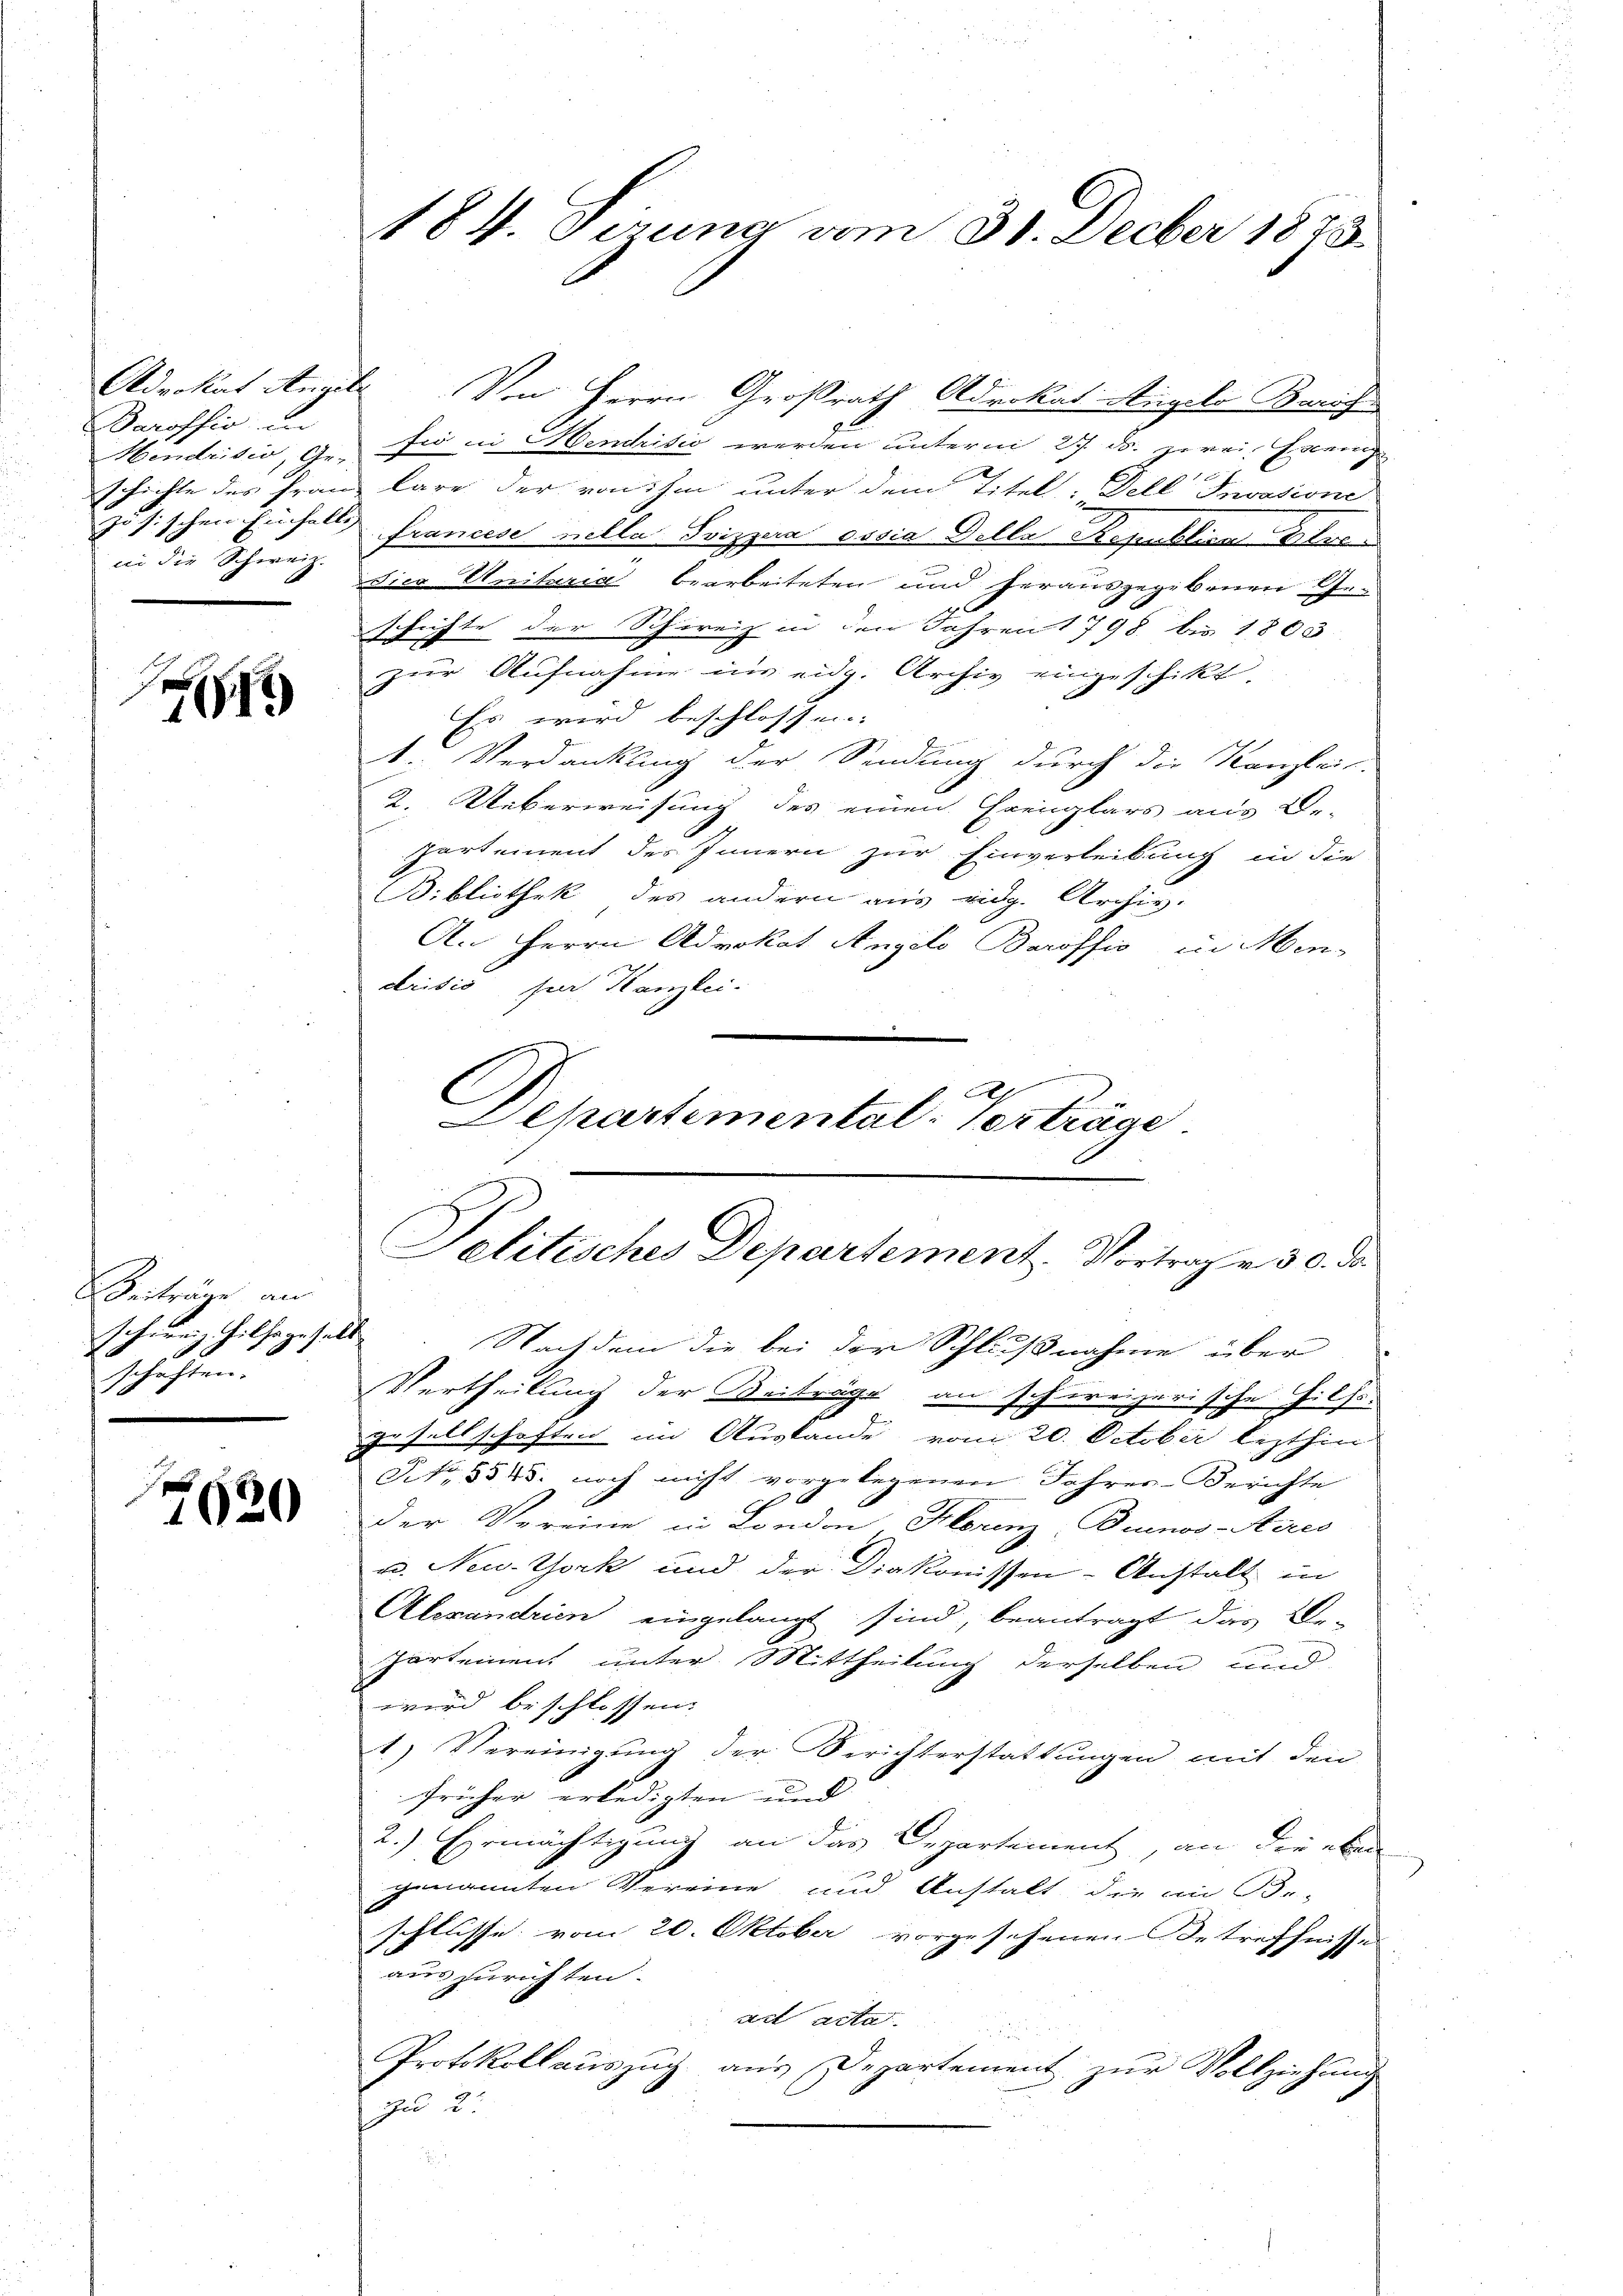
arofsio in
in die Schweiz.

9

Beiträge an
Schweiz hilfe gehalt
t
schaften.

7620

Advokat Angel. Von Herrn Großrath Advokat Angelo Zürich
Hendrisio, ge- sie in Henditio werden unterm 27. ds. zerei Fran
schichte des Franz lare der von ihm unter dem Titel: Dell Invasione
zösischen Einfalls francese nella Svizzara eosia della Repuktion Blut
dica Unitaria bearbeiteten und herausgegebenen Ge¬
0 x
schichte der Schweiz in den Jahren 1798 bis 1803
zur Aufnahme im eidg. Archiv eingeschikt,
Es wird beschlossen.
1. Verdankung der Sendung durch die Kanzlei-
2. Ueberweisung des einen Ereiglars aus Be-
Partement des Innern zur Einverleibung in die
Bibliothek des andern aus eidg. Archiv.
An Herrn Advokat Angelo Baroffio in Men-
drisis hier Kanzlei-
n
Nach dem die bei der Schlußnahme über
Vertheilung der Beiträge an schreizerische Hilfe.
gesellschaften im Austande vom 20. October lezthin
Art. 3545. noch nicht vorgelegenen Jahres-Berichte
der Vereine in London. Horenz Buenos-Aeres
u. New-York und der Diakonissen-Anstalt in
Alexandrien eingelangt sind, beantragt das Be¬
Partement unter Mittheilung derselben und
wird beschlossen:
1) Vereinigŭng der Berichterstattŭngen mit den
früher erledigten und
2.) Ermächtigung an das Departement, an die eben
genannten Vereine und Anstalt, die in Be-
schlüsse vom 20. Oktober vorgesehenen Betreffnisse
auszurichten.
art acta
Protokollauszug aus Departement zur Vollziehung
Zu 2.

184. Sirung vom 31. Decber 1873.

A
Departemental-Verträge.

Solitisches Departement. Vortrag v. 30. ds.